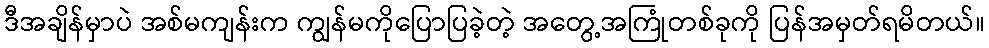
ဒီအချိန်မှာပဲ အစ်မကျန်းက ကျွန်မကိုပြောပြခဲ့တဲ့ အတွေ့အကြုံတစ်ခုကို ပြန်အမှတ်ရမိတယ်။